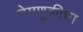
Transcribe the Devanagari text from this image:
नेमणुकीचा